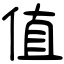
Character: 值